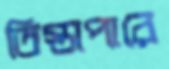
তিস্তাপারে